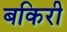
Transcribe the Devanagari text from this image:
बकिरी